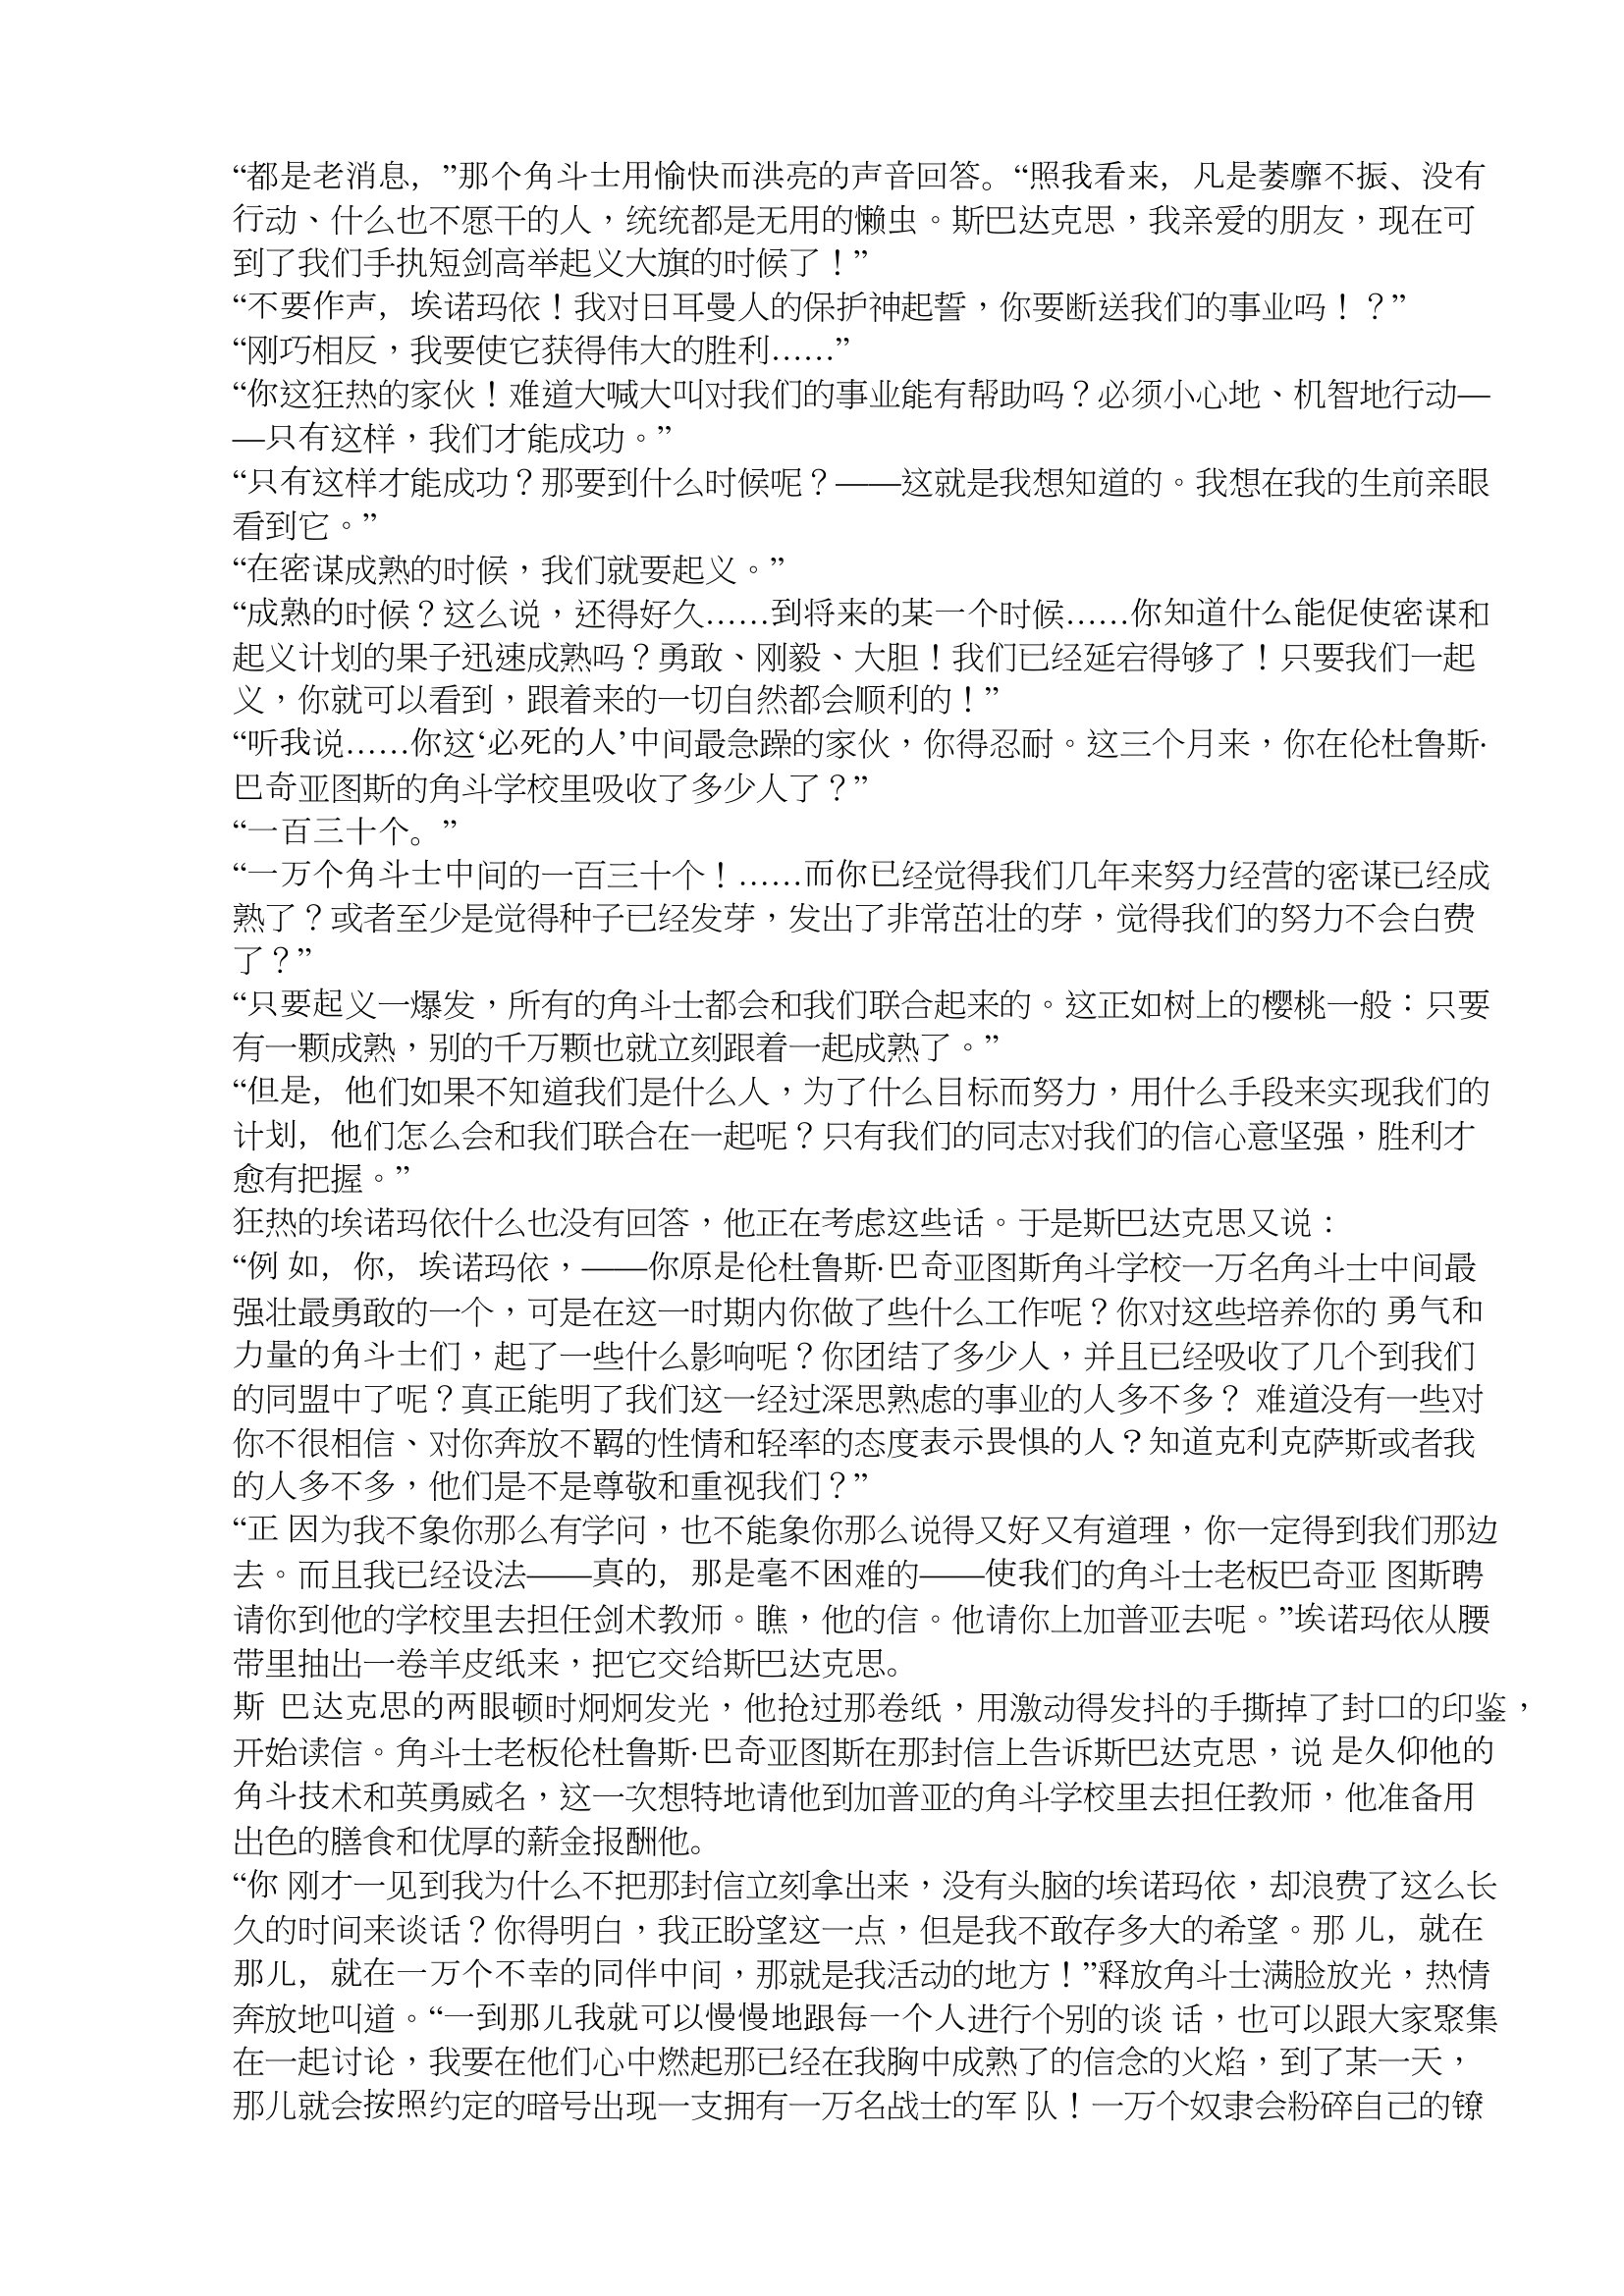
Language: zh